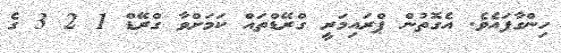
ހިންގާފައެވެ. އެގޮތުން ޕްރައިމަރީ ގްރޭޑްތައް ކަމަށްވާ ގްރޭޑް 1 2 3 ގެ